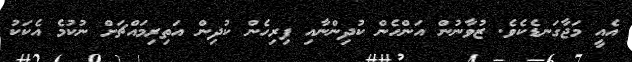
އެއީ މަޖާގަނޑެކެވެ. ޒުވާނުން އަންހެން ކުދިންނާއި ފިރިހެން ކުދިން އަތިރިމައްޗަށް ނުކުމެ އެކަކު